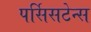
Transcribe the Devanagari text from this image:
पर्सिसटेन्स